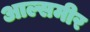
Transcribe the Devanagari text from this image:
आल्समीर